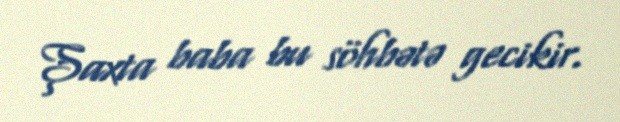
Şaxta baba bu söhbətə gecikir.